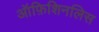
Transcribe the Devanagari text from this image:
ऑफ़िशिनलिस